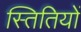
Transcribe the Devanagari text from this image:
स्तितियों